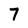
Character: 7